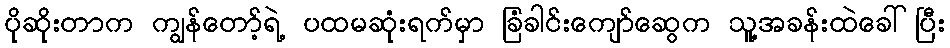
ပိုဆိုးတာက ကျွန်တော့်ရဲ့ ပထမဆုံးရက်မှာ ခြံခါင်းကျော်ဆွေက သူ့အခန်းထဲခေါ်ပြီး